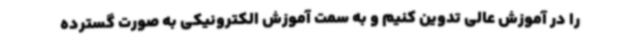
را در آموزش عالی تدوین کنیم و به سمت آموزش الکترونیکی به صورت گسترده